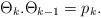
LaTeX: \begin{align*}\Theta_k . \Theta_{k-1} = p_k.\end{align*}